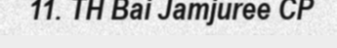
11. TH Bai Jamjuree CP